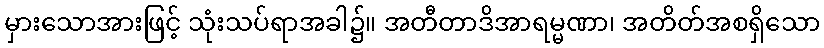
မှားသောအားဖြင့် သုံးသပ်ရာအခါ၌။ အတီတာဒိအာရမ္မဏာ၊ အတိတ်အစရှိသော